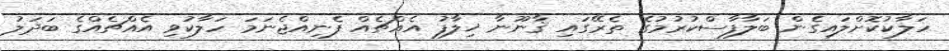
ހަލާކުކޮށްލައިގެން ބަލާފާސްކުރުމުގެ ތެރޭގައި ޤާނޫނާ ޚިލާފު އެއްޗެއް ފެނިއްޖެނަމަ ހަލާކުވި އެއްޗެއްގެ ބަދަލު